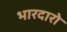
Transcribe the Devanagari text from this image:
भारदारो